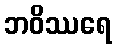
ဘဝိဿရေ